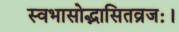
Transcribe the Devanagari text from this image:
स्वभासोद्भासितव्रजः।